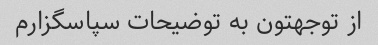
از توجهتون به توضیحات سپاسگزارم